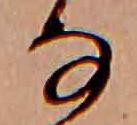
な